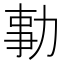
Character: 𠡯